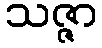
သဇ္ဇာ